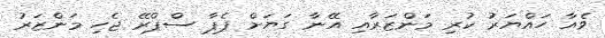
ވެއާ ހައްޔަރު ކުރި މަންޒަރާއި އޭނާ ގަޔަށް ޕެޕާ ސްޕްރޭ ޖެހި މަންޒަރު